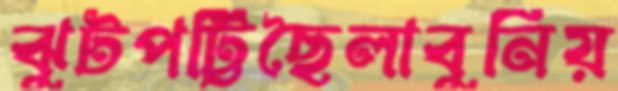
ঝুটপট্টিছৈলাবুনিয়